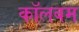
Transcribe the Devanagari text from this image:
कॉलबम